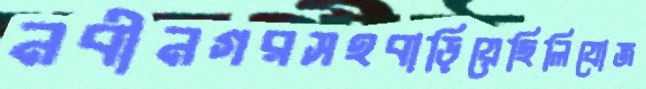
নবীনগরসহবাড়িয়েছিলিযোজ